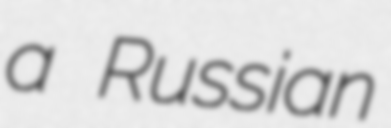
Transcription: a Russian